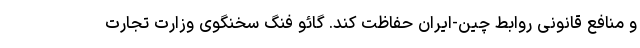
و منافع قانونی روابط چین-ایران حفاظت کند. گائو فنگ سخنگوی وزارت تجارت